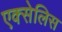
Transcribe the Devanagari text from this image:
एक्सेलिस